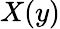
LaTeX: X(y)